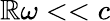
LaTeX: \mathbb{R}\omega<<c